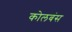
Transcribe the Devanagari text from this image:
कोलबंस